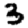
Digit: 3